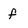
Character: f